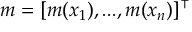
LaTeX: m = [ m ( x _ { 1 } ) , . . . , m ( x _ { n } ) ] ^ { \intercal }